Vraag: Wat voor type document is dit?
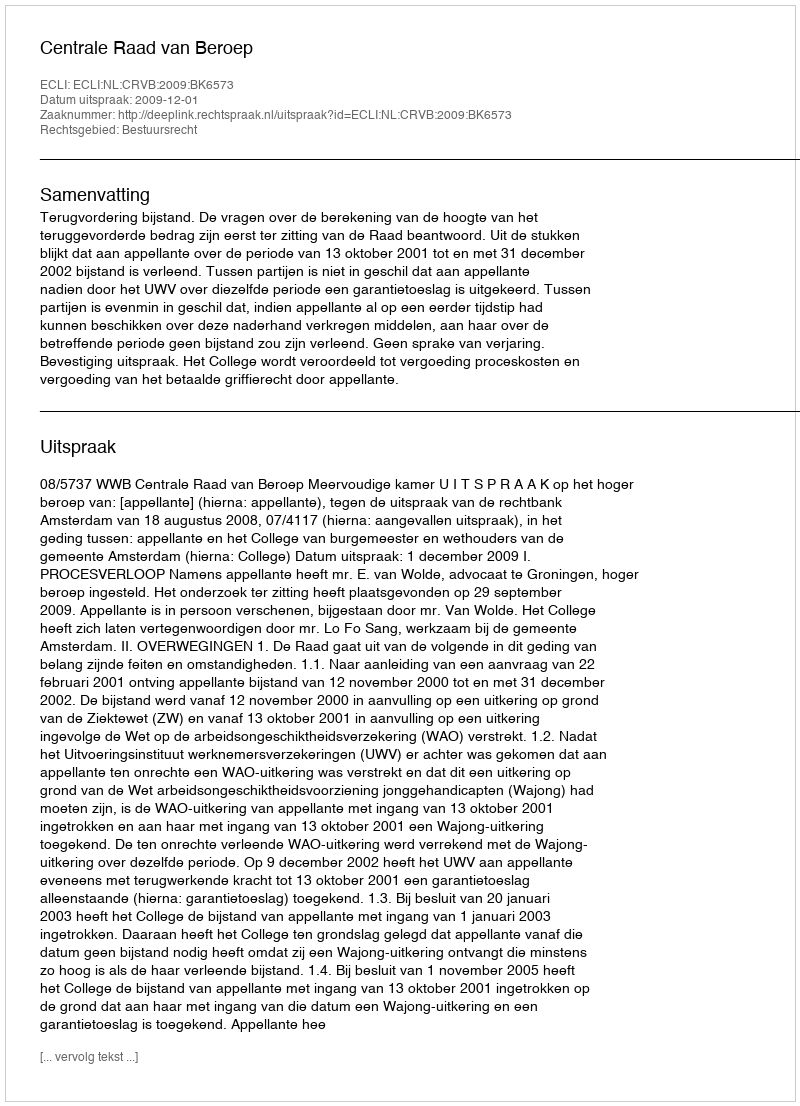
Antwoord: Uitspraak